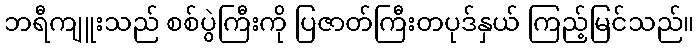
ဘရီကျူးသည် စစ်ပွဲကြီးကို ပြဇာတ်ကြီးတပုဒ်နှယ် ကြည့်မြင်သည်။